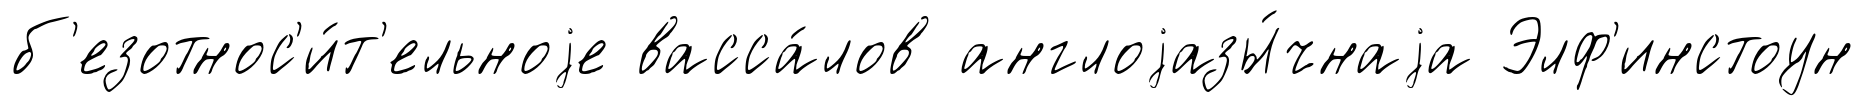
б'езотнос'и́т'ельноjе васса́лов англоjазы́чнаjа Элф'инстоун